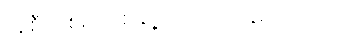
အစီအစဉ်တစ်ချို့ပြောင်းလဲခဲ့ရပါတယ်။